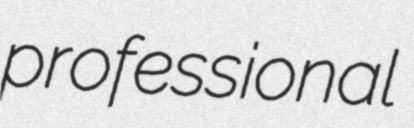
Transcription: professional